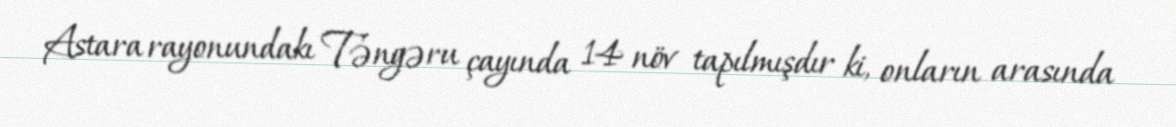
Astara rayonundakı Təngəru çayında 14 növ tapılmışdır ki, onların arasında